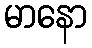
မာနော